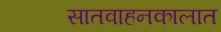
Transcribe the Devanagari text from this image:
सातवाहनकालात